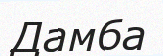
Дамба